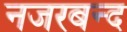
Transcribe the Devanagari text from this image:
नजरबन्‍द